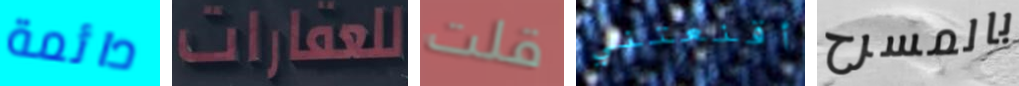
دائمة للعقارات قلت أقنعتني بالمسرح